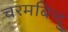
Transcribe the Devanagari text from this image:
चरमबिन्दु